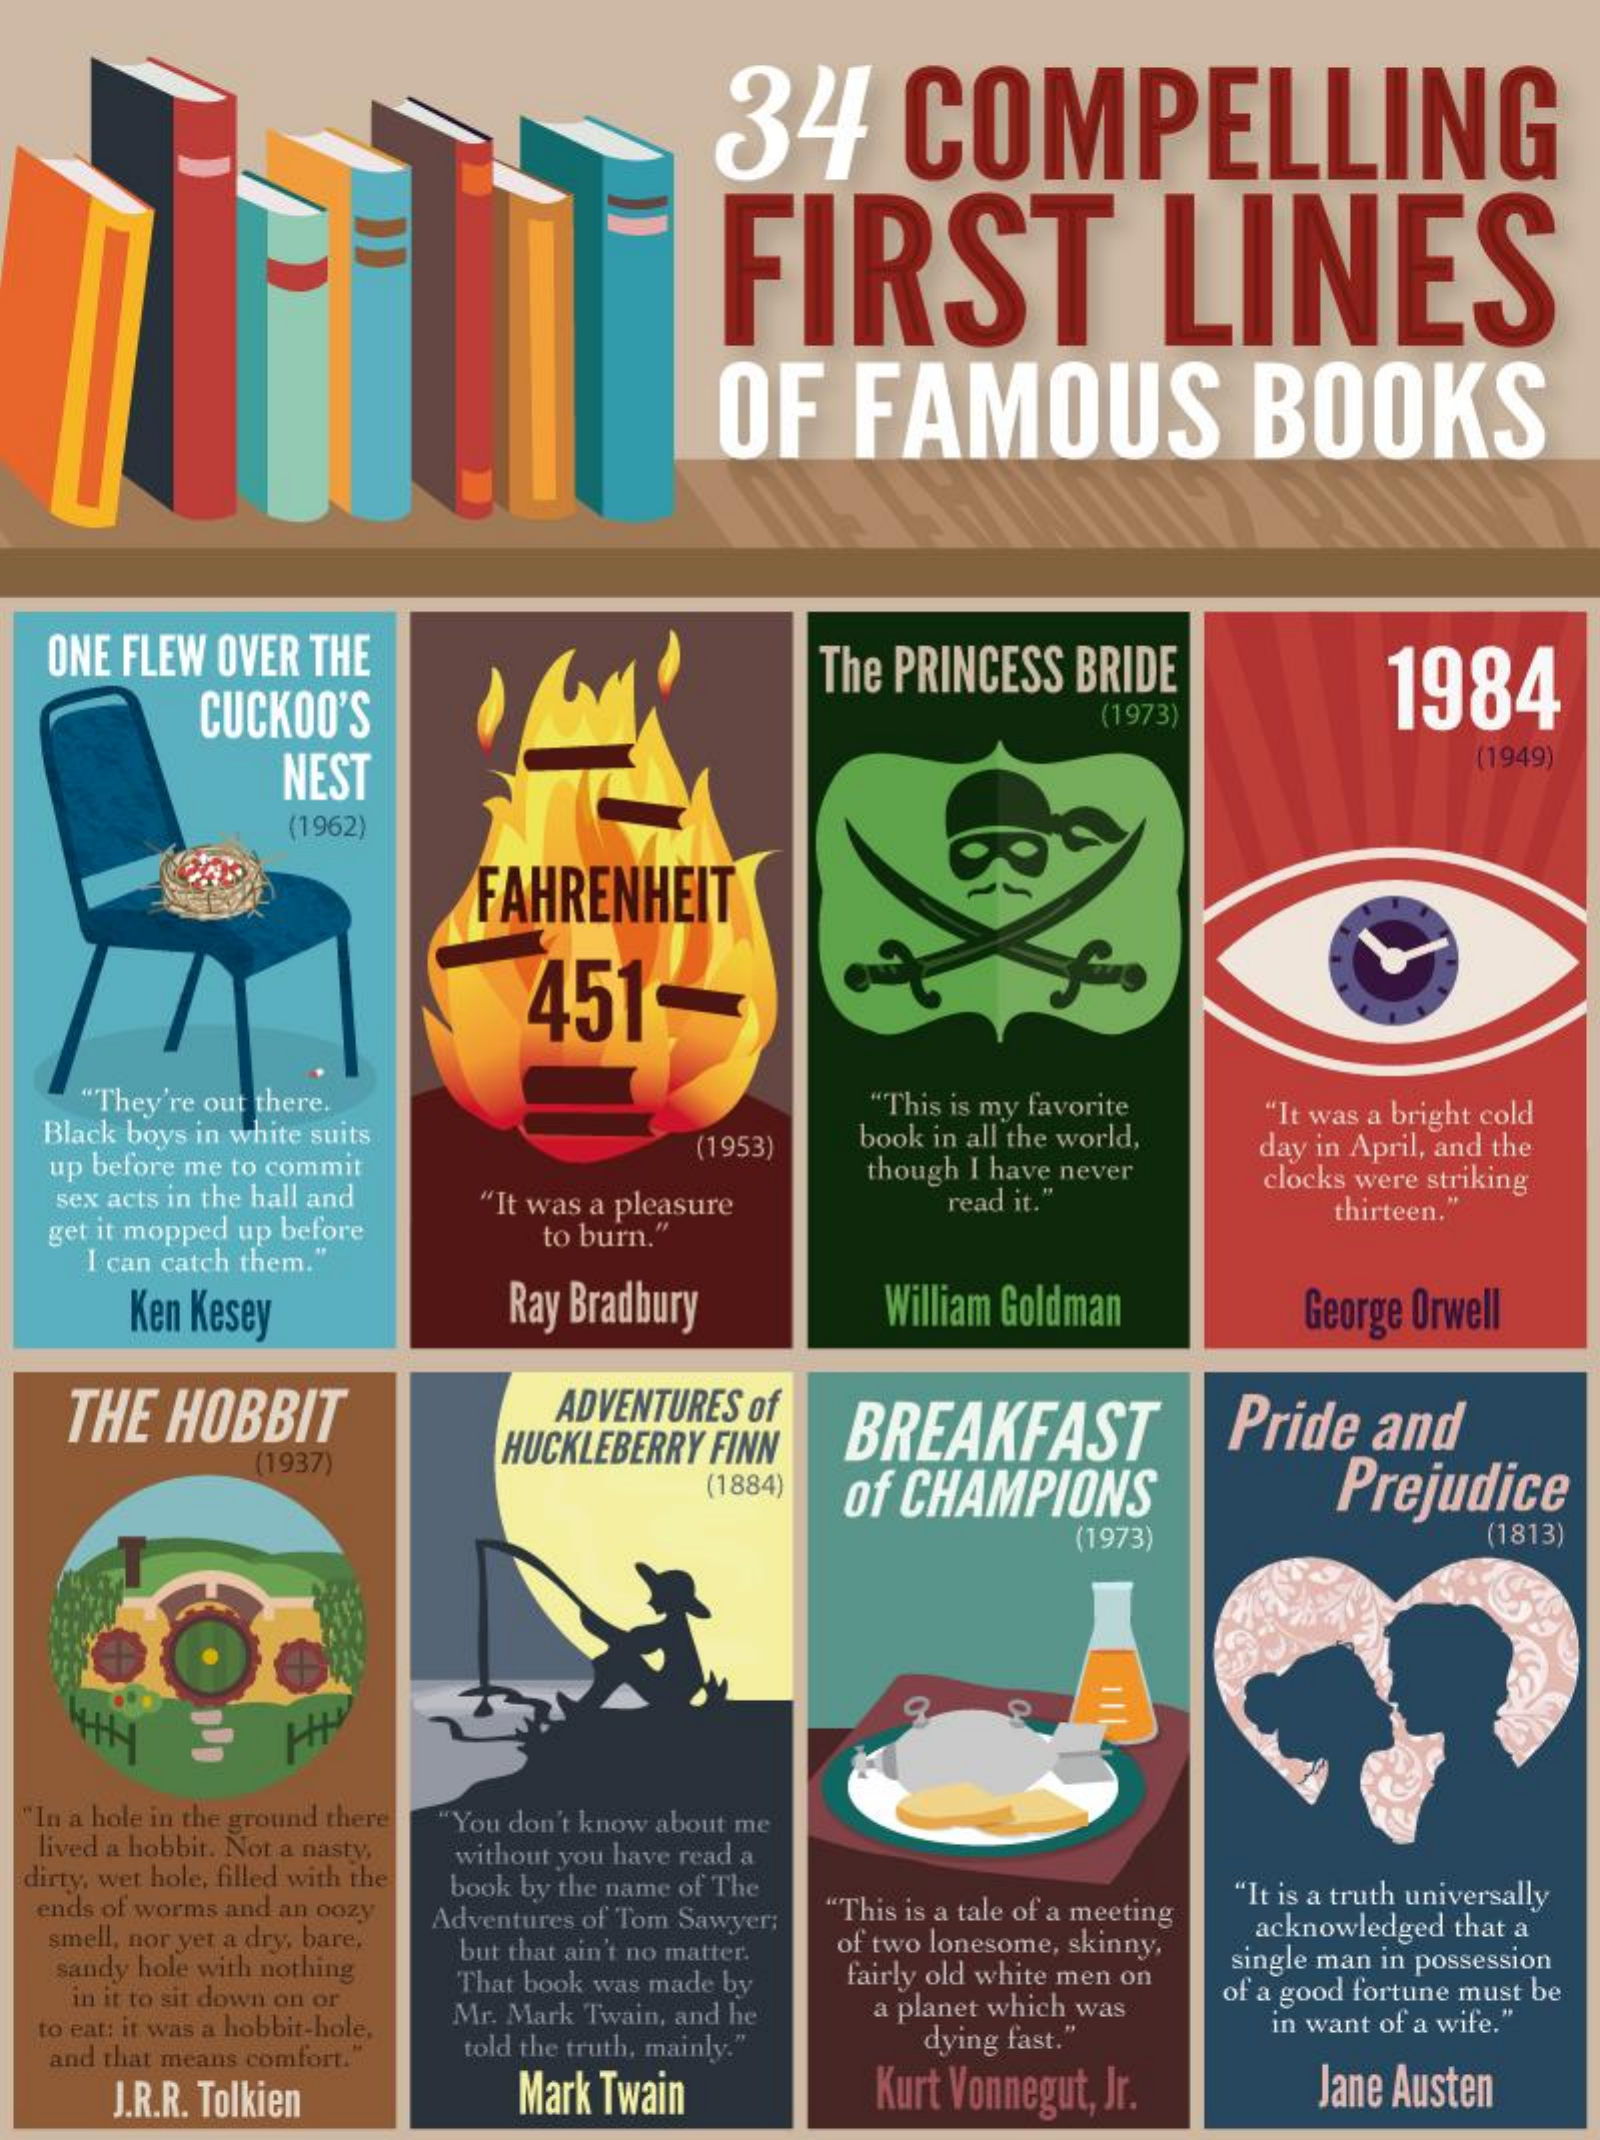
34    COMPELLING
     FIRST    LINES
     OF    FAMOUS    BOOKS
   ONE FLEW OVER THE
     CUCKOO'S
     The PRINCESS BRIDE    1984
     (1973)
     NEST
     (1949)
     (1962)
     FAHRENHEIT
     451-
    "They're out there.
  Black boys in white suits
     "This is my favorite
     book in all the world,
     "It was a bright cold
   up before me to commit
     (1953)
   sex acts in the hall and "It was a pleasure
     though I have never
     day in April, and the
     clocks were striking
   get it mopped up before
     read it."
     I can catch them."
     to burn."
     thirteen."
     Ken Kesey    Ray Bradbury    William Goldman    George Orwell
    THE HOBBIT    ADVENTURES of
     HUCKLEBERRY FINN BREAKFAST    Pride and
     (1937)
     (1884) of CHAMPIONS    Prejudice
     (1973)    (1813)
  "In a hole in the ground there
  lived a hobbit. Not a nasty,
     "You don't know about me
  dirty, wet hole, filled with the
     without you have read a
  ends of worms and an oozy
     book by the name of The    "It is a truth universally
   smell, nor yet a dry, bare,
     Adventures of Tom Sawyer; "This is a tale of a meeting
   sandy hole with nothing
     but that ain't no matter. of two lonesome, skinny, acknowledged that a
    in it to sit down on or That book was made by fairly old white men on single man in possession
     of a good fortune must be
  to eat: it was a hobbit-hole, Mr. Mark Twain, and he a planet which was
   and that means comfort." told the truth, mainly." dying fast."
     in want of a wife."
     J.R.R. Tolkien    Mark Twain    Kurt Vonnegut, Jr.    Jane Austen